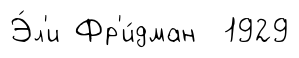
Э́л'и Фр'и́дман 1929